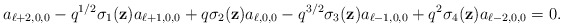
\begin{align*}a_{\ell+2,0,0}-{q}^{1/2}\sigma_1(\textbf{z})a_{\ell+1,0,0}+q\sigma_2(\textbf{z})a_{\ell,0,0}-q^{3/2}\sigma_3(\textbf{z})a_{\ell-1,0,0}+q^2\sigma_4(\textbf{z})a_{\ell-2,0,0}=0.\end{align*}